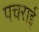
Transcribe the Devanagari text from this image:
पचराई